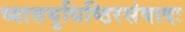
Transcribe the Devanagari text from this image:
व्यासयुधिष्ठिरसंवादः